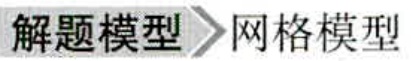
解题模型 \(\rightarrow\) 网格模型